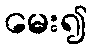
မေး၍